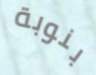
بنوبة